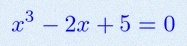
x^3-2x+5=0